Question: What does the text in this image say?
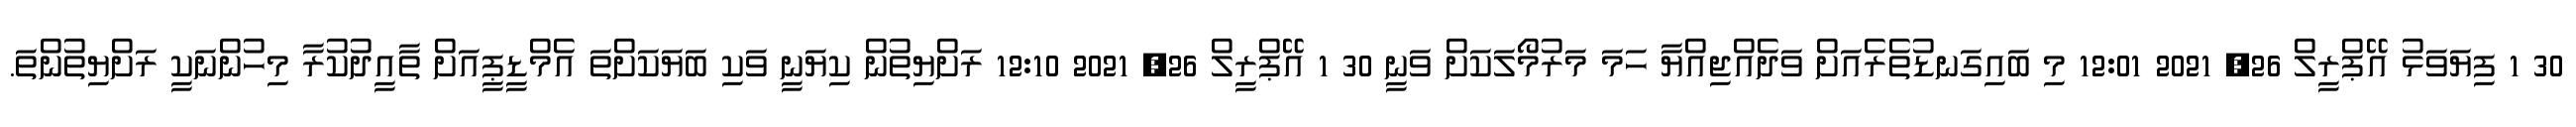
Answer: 30 1 ފިޔަވަޅު އޭޕްރީލް 26, 2021 12:01 މި ބައިގަނޑުތެރެއަށް ވަދެއްޖިއްޔާ ހަމަ މަރުމޯލަކަށް ވަނީ 30 1 އޭޕްރީލް 26, 2021 12:10 ރަށްޔިތުން ކިޔަނީ ވަކި ބަޔަކަށްތަ އެމްޑީޕީއަށް ތާއީދުކުރާ މިހުންނަކީ ރަށްޔިތުންތަ.